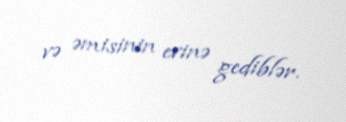
və əmisinin evinə gediblər.